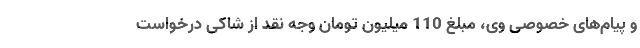
و پیام‌های خصوصی وی، مبلغ 110 میلیون تومان وجه نقد از شاکی درخواست